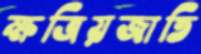
ক্ষত্রিয়জাতি